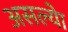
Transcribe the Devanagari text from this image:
असल्याे